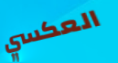
العكسي